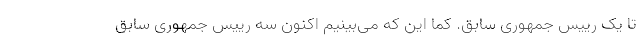
تا یک رییس جمهوری سابق. کما این که می‌بینیم اکنون سه رییس جمهوری سابق